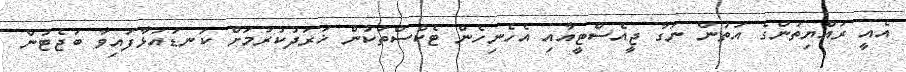
އެއީ ރައްޔިތުންގެ އަތުން ނަގާ ޖީއެސްޓީއާއި އެހެނިހެން ޓެކްސްތަކުން ޚަރަދުކުރުމަށް ކަނޑައަޅާފައިވާ ބަޖެޓުން